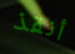
أنقذ